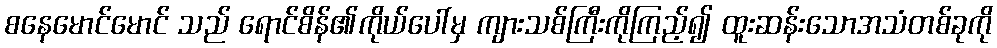
စနေမောင်မောင် သည် ရောင်စိန်၏ကိုယ်ပေါ်မှ ကျားသစ်ကြီးကိုကြည့်၍ ထူးဆန်းသောအသံတစ်ခုကို